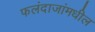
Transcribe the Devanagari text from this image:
फलंदाजांमधील